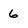
Character: 6